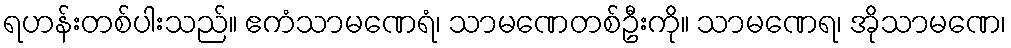
ရဟန်းတစ်ပါးသည်။ ဧကံသာမဏေရံ၊ သာမဏေတစ်ဦးကို။ သာမဏေရ၊ အိုသာမဏေ၊